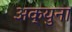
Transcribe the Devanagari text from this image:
अक्युना